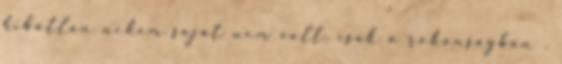
hibátlan nekem saját nem volt, csak a rokonságban .